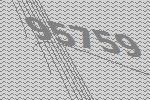
95759